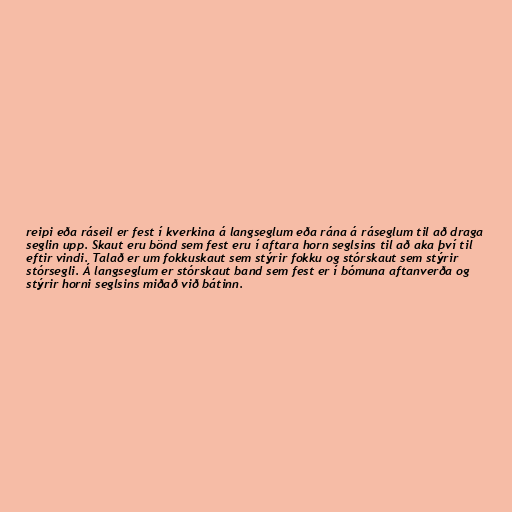
reipi eða ráseil er fest í kverkina á langseglum eða rána á ráseglum til að draga
seglin upp. Skaut eru bönd sem fest eru í aftara horn seglsins til að aka því til
eftir vindi. Talað er um fokkuskaut sem stýrir fokku og stórskaut sem stýrir
stórsegli. Á langseglum er stórskaut band sem fest er í bómuna aftanverða og
stýrir horni seglsins miðað við bátinn.